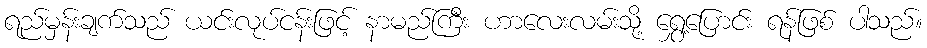
ရည်မှန်းချက်သည် ယင်းလုပ်ငန်းဖြင့် နာမည်ကြီး ဟာလေးလမ်းသို့ ရွှေ့ပြောင်း ရန်ဖြစ် ပါသည်။